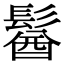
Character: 𩮈